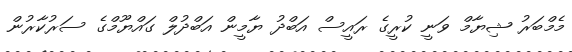
މެމްބަރު ޝިޔާމް ވަނީ ކުރީގެ ރައީސް އަބްދު ޔާމީން އަބްދުލް ގައްޔޫމްގެ ސަރުކާރުން